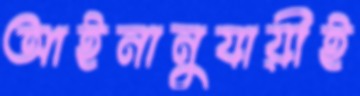
আইনানুযায়ীই